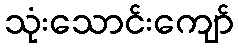
သုံးသောင်းကျော်